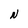
Character: N